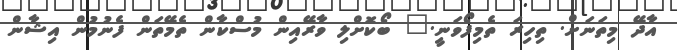
އާދޭ މިތަނަށް. ތިހިރަ ތެމިފޯވަނީ." ބޯކޮށްލި ވާރޭއިން މުސްކާން ތެމޭތަން ފެނުމުން އިޝާން